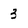
Character: 3